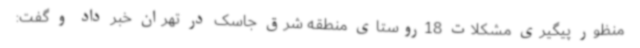
‌منظور پیگیری مشکلات 18روستای منطقه شرق جاسک در تهران خبر داد و گفت: